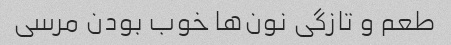
طعم و تازگی نون‌ها خوب بودن مرسی